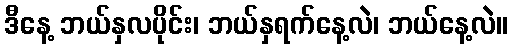
ဒီနေ့ ဘယ်နှလပိုင်း၊ ဘယ်နှရက်နေ့လဲ၊ ဘယ်နေ့လဲ။